Annual administration report of the Civil Veterinary Department of India - 1904-1905
Year: 1904
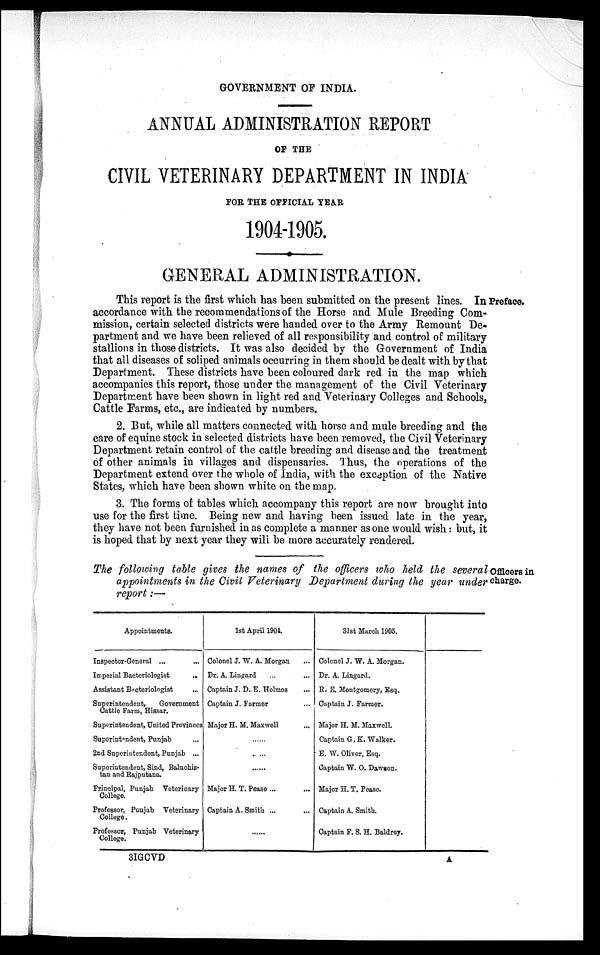
GOVERNMENT OF INDIA.
ANNUAL ADMINISTRATION REPORT
OF THE
CIVIL VETERINARY DEPARTMENT IN INDIA
FOR THE OFFICIAL YEAR
1904-1905.
GENERAL ADMINISTRATION.
In Preface.
This report is the first which has been submitted on the present lines.
accordance with the recommendations of the Horse and Mule Breeding Com-
mission, certain selected districts were handed over to the Army Remount De-
partment and we have been relieved of all responsibility and control of military
stallions in those districts. It was also decided by the Government of India
that all diseases of soliped animals occurring in them should be dealt with by that
Department. These districts have been coloured dark red in the map which
accompanies this report, those under the management of the Civil Veterinary
Department have been shown in light red and Veterinary Colleges and Schools,
Cattle Farms, etc., are indicated by numbers.
2. But, while all matters connected with horse and mule breeding and the
care of equine stock in selected districts have been removed, the Civil Veterinary
Department retain control of the cattle breeding and disease and the treatment
of other animals in villages and dispensaries. Thus, the operations of the
Department extend over the whole of India, with the exception of the Native
States, which have been shown white on the map.
3. The forms of tables which accompany this report are now brought into
use for the first time. Being new and having been issued late in the year,
they have not been furnished in as complete a manner as one would wish : but, it
is hoped that by next year they will be more accurately rendered.
Officers in
charge.
The following table gives the names of the officers who held the several
appointments in the Civil Veterinary Department during the year under
report:—
Appointments.
Inspector-General ... ...
Imperial Bacteriologist ...
Assistant Bacteriologist
...
Superintendent,
Government
Cattle Farm, Hissar.
Superintendent, United Provinces
Superintendent, Punjab ...
2nd Superintendent, Punjab ...
Superintendent, Sind, Baluchis-
tan and Rajputana.
Principal, Punjab Veterinary
College.
Professor, Punjab Veterinary
College.
Professor, Punjab Veterinary
College.
1st April 1901.
Colonel J. W. A. Morgan ...
Dr. A. Lingard ... ...
Captain J. D. E. Holmes ...
Captain J. Farmer ...
Major H. M. Maxwell ...
......
......
......
Major H. T. Pease ... ...
Captain A. Smith ...
......
31st March 1905.
Colonel J. W. A. Morgan.
Dr. A. Lingard.
R. E. Montgomery, Esq.
Captain J. Farmer.
Major H. M. Maxwell.
Captain G. K. Walker.
E. W. Oliver, Esq.
Captain W. O. Dawson.
Major H. T. Pease.
Captain A. Smith.
Captain F. S. H. Baldrey.
3IGCVD
A